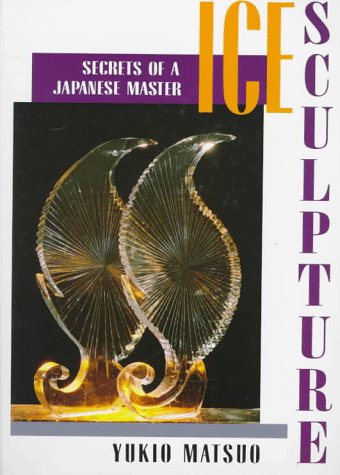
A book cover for Ice Sculpture: Secrets of a Japanese Master; Yukio Matsuo; Cookbooks, Food & Wine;